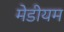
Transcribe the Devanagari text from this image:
मेडीयम